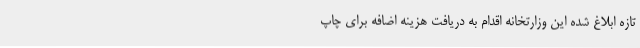
تازه ابلاغ شده این وزارتخانه اقدام به دریافت هزینه اضافه برای چاپ